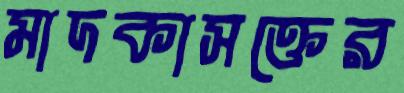
মাদকাসক্তের